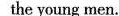
the young men.